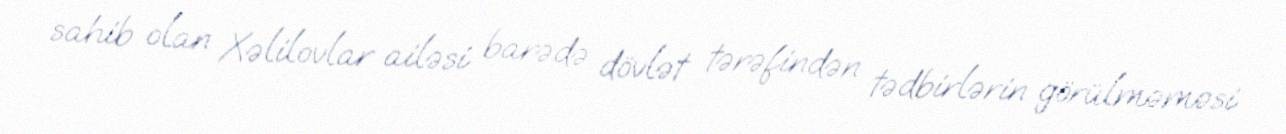
sahib olan Xəlilovlar ailəsi barədə dövlət tərəfindən tədbirlərin görülməməsi